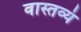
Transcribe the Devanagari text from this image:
वास्तव्यं